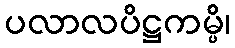
ပလာလပိဋ္ဌကမ္ပိ၊